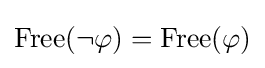
{\mbox{Free}}(\lnot \varphi )={\mbox{Free}}(\varphi )